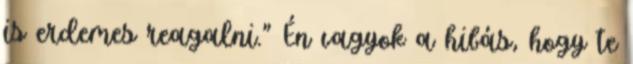
is erdemes reagalni." Én vagyok a hibás, hogy te